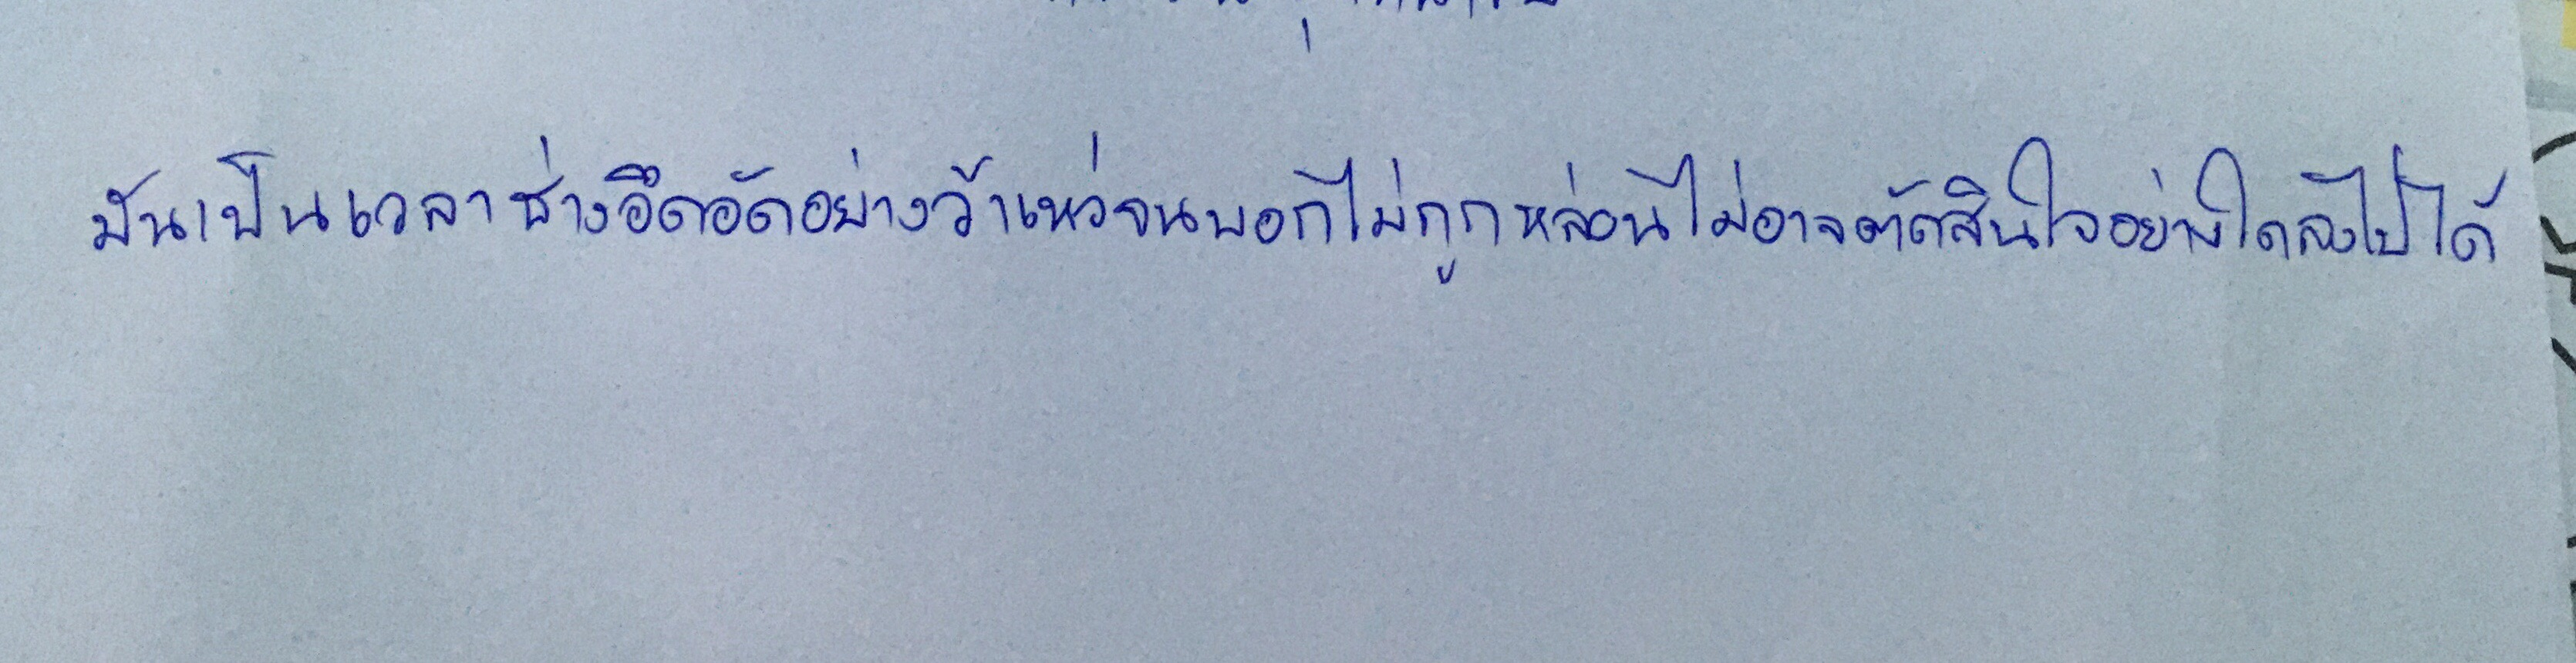
มันเป็นเวลาช่างอึดอัดอย่างว้าเหว่จนบอกไม่ถูกหล่อนไม่อาจตัดสินใจอย่างใดลงไปได้